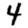
Digit: 4